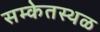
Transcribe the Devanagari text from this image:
सम्केतस्थळ